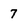
Character: 7